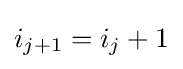
i_{j+1}=i_{j}+1